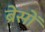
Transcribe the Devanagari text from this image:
ब्रेसों